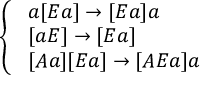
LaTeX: \left\{ \begin{array} { l l } { \ a [ E a ] \rightarrow [ E a ] a } \\ { \ [ a E ] \rightarrow [ E a ] } \\ { \ [ A a ] [ E a ] \rightarrow [ A E a ] a } \end{array} \right.